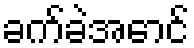
ခက်ခဲအောင်